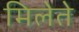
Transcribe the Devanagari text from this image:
मिलेते